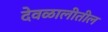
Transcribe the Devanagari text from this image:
देवळालीतील